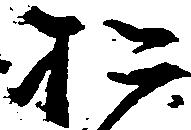
お